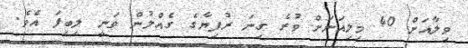
ވިލާއަށް 40 މިލިއަނަށް ވުރެ ގިނަ ރުފިޔާގެ ގެއްލުން ވަނީ ލިބިފަ އެވެ.